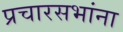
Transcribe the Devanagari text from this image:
प्रचारसभांना